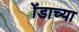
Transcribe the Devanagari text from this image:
ॲडाच्या